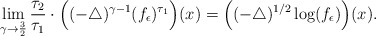
\begin{align*} \lim\limits_{\gamma\to\frac{3}{2}}\frac{\tau_2}{\tau_1}\cdot \Big((-\triangle)^{\gamma-1}(f_{\epsilon})^{\tau_1}\Big)(x)=\Big((-\triangle)^{1/2}\log (f_{\epsilon})\Big)(x).\end{align*}